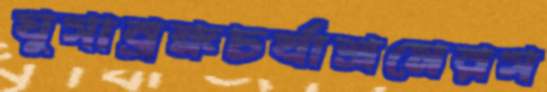
ঘুসাব্রহ্মচর্যাশ্রমেরস